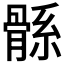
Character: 𩩌